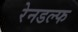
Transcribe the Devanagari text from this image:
रेनडल्फ